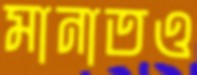
মানাতও